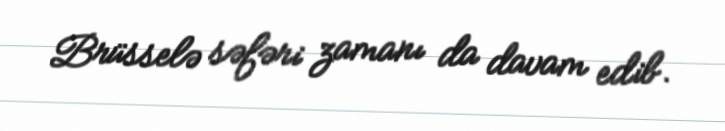
Brüsselə səfəri zamanı da davam edib.